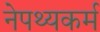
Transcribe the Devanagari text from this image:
नेपथ्यकर्म